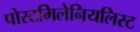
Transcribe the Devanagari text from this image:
पोस्टमिलेनियलिस्ट